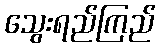
သွေးရည်ကြည်